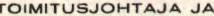
TOIMITUSJOHTAJAJA